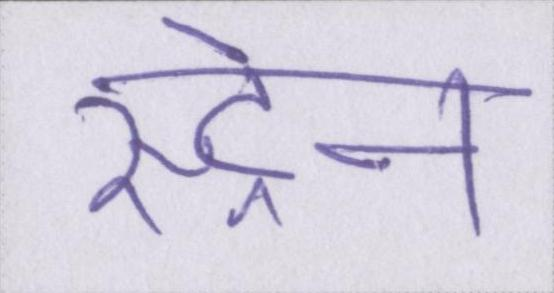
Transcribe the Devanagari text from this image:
स्ट्रेन